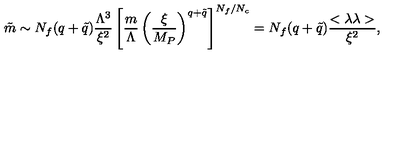
\tilde { m } \sim N _ { f } ( q + \tilde { q } ) { \frac { \Lambda ^ { 3 } } { \xi ^ { 2 } } } \left[ { \frac { m } { \Lambda } } \left( { \frac { \xi } { M _ { P } } } \right) ^ { q + \tilde { q } } \right] ^ { N _ { f } / N _ { c } } = N _ { f } ( q + \tilde { q } ) { \frac { < \lambda \lambda > } { \xi ^ { 2 } } } ,